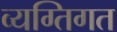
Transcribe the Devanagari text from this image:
व्यग्तिगत